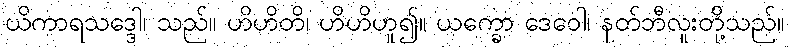
ယိကာရသဒ္ဒေါ၊ သည်။ ဟိဟိတိ၊ ဟိဟိဟူ၍။ ယက္ခော ဒေဝေါ၊ နတ်ဘီလူးတို့သည်။